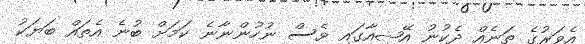
އެވަރުގެ ތަނެއް ދެކުނު އޭޝިއާގައި ވެސް ނުހުންނާނެ ކަމަށް ބުނެ އެތައް ބަޔަކު